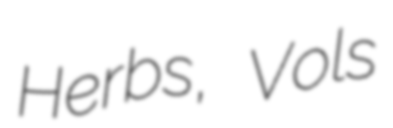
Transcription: Herbs, Vols